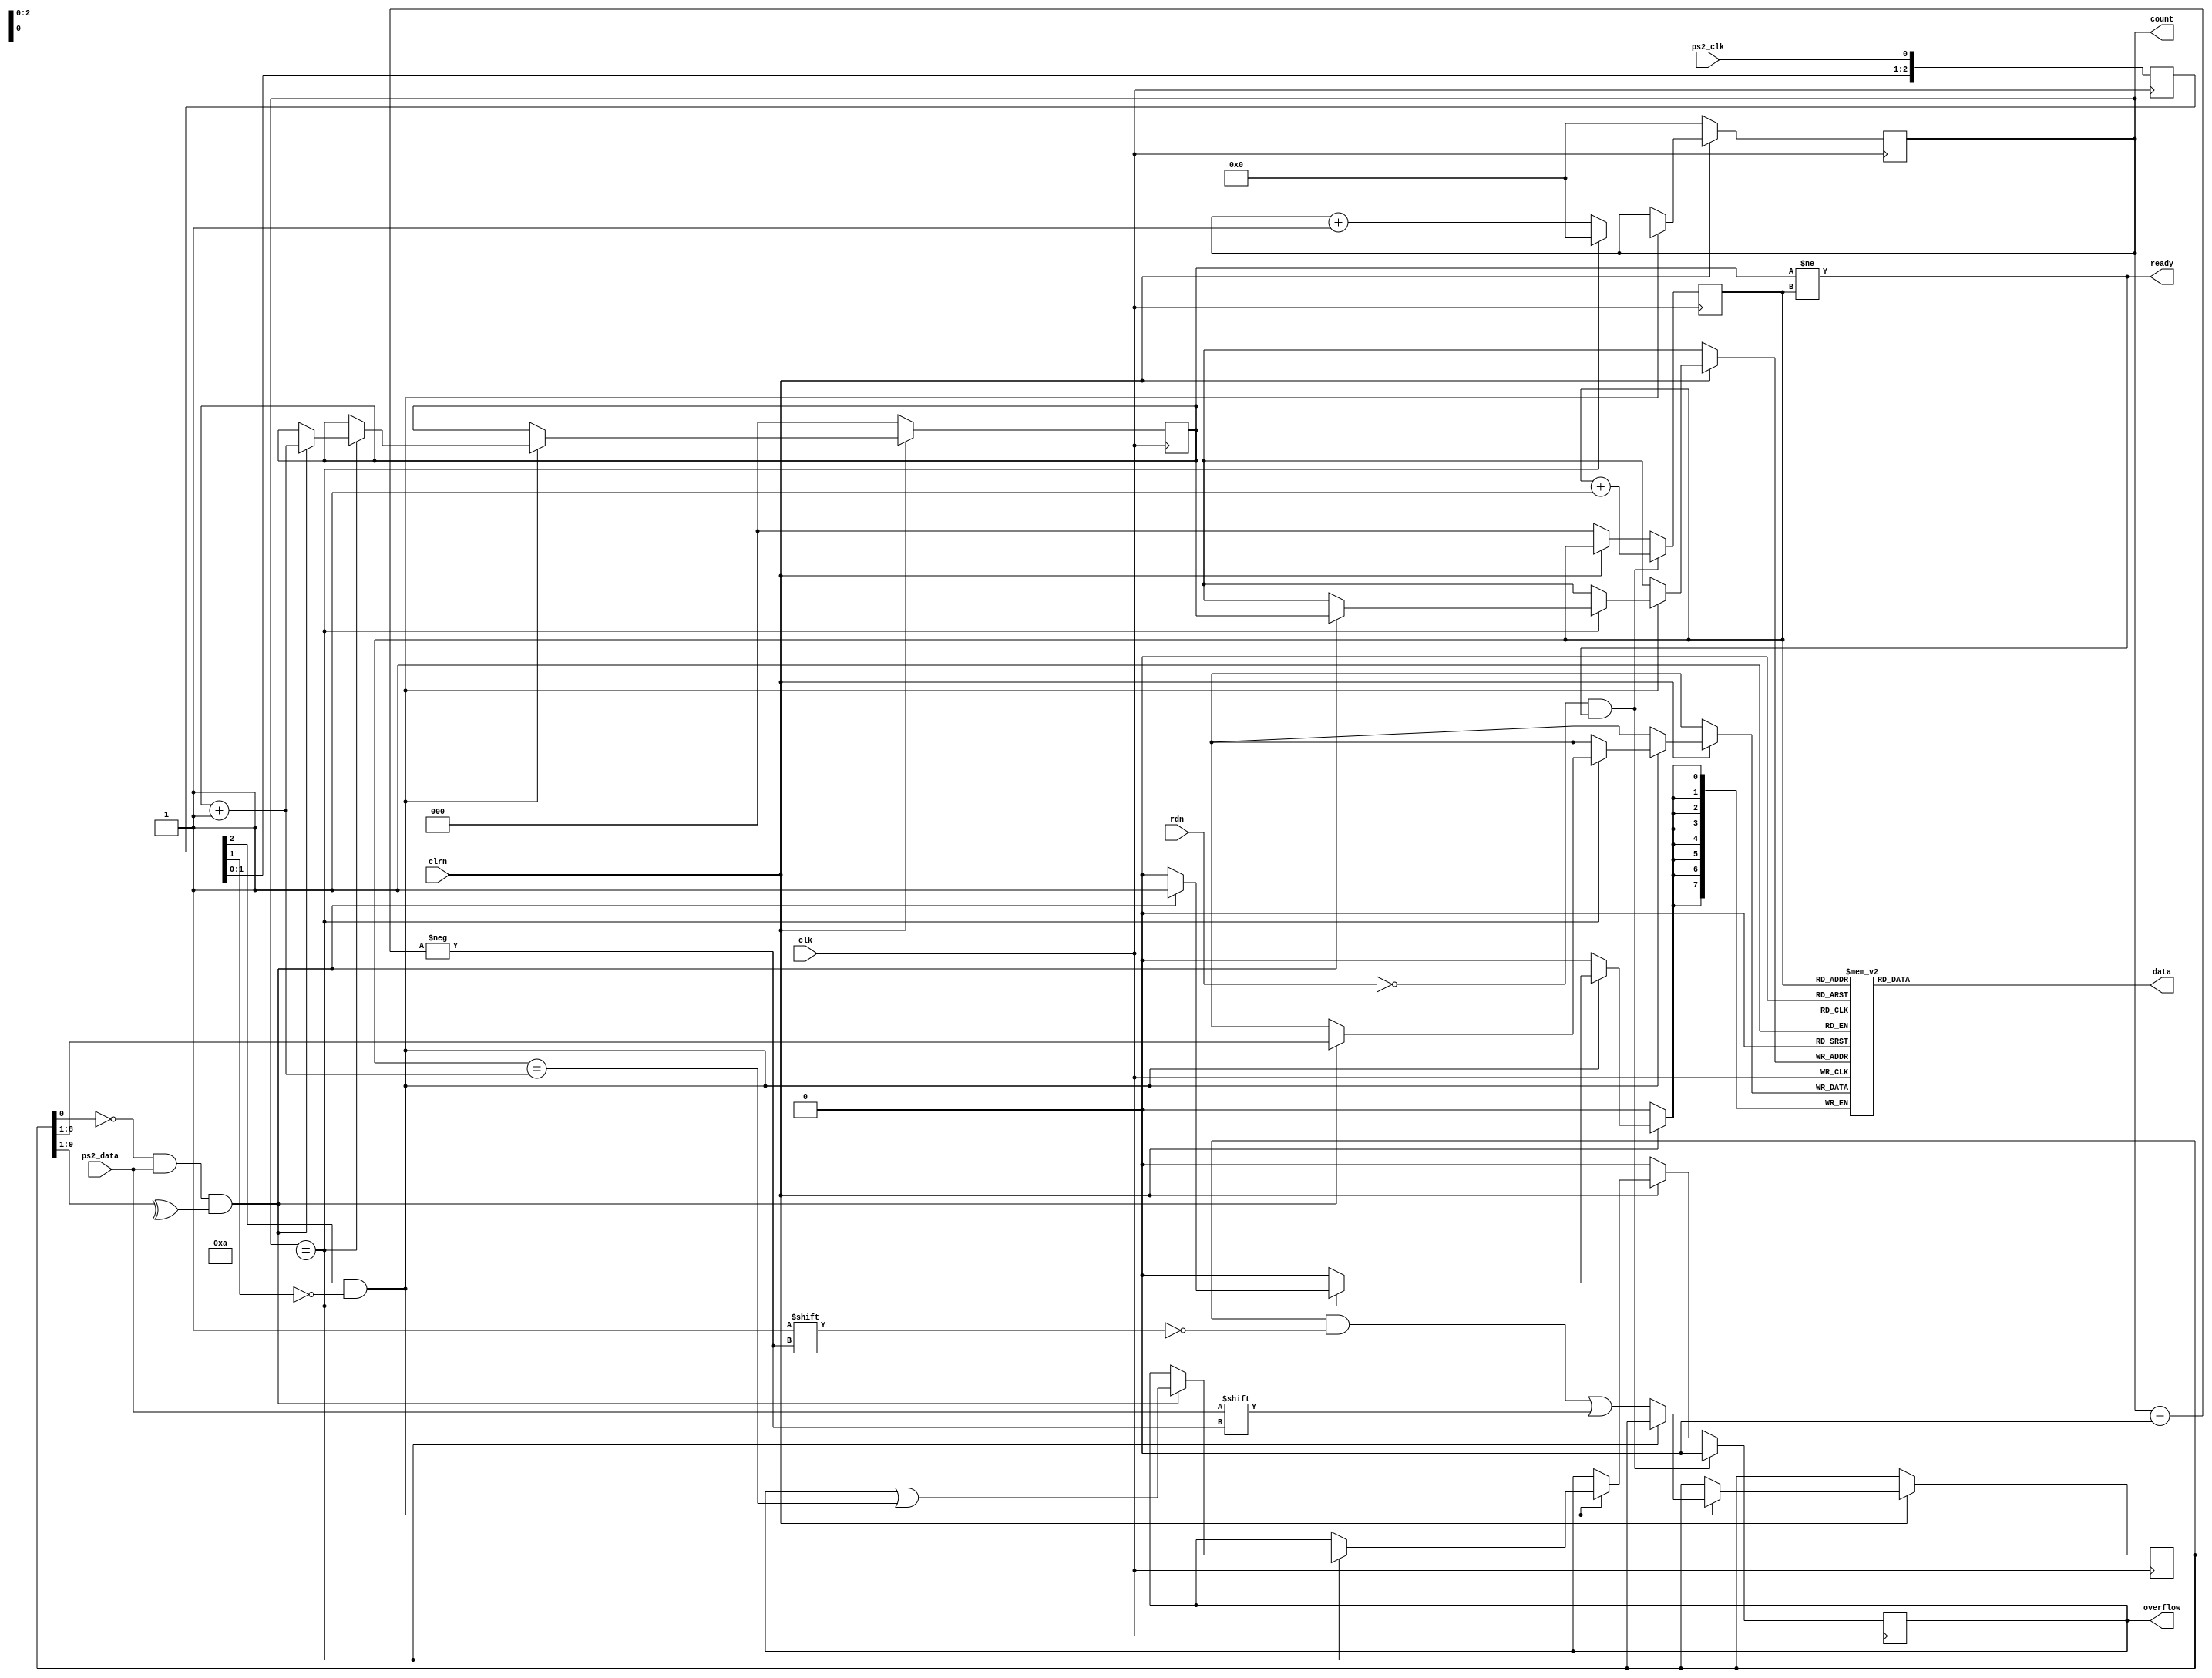
module ps2_keyboard(
    input clk,
    input clrn,
    input ps2_clk,
    input ps2_data,
    input rdn,

    output [7:0] data,
    output ready,
    output overflow,
    output [3:0] count
);

    initial begin
        count_reg = 0;
        w_ptr = 0;
        r_ptr = 0;
        overflow_reg = 0;
    end
    reg overflow_reg;
    reg [3:0] count_reg;
    reg [9:0] buffer;
    reg [7:0] fifo[7:0];
    reg [2:0] w_ptr, r_ptr;

    reg [2:0] ps2_clk_sync;
    always @ (posedge clk) begin
        ps2_clk_sync <= {ps2_clk_sync[1:0], ps2_clk};
    end

    assign count = count_reg;
    assign overflow = overflow_reg;

    wire sampling = ps2_clk_sync[2] & ~ps2_clk_sync[1];

    always @ (posedge clk) begin
        if(clrn == 0) begin
            count_reg <= 0;
            w_ptr <= 0;
            r_ptr <= 0;
            overflow_reg <= 0;
        end
        else if(sampling) begin
            if(count_reg == 4'd10) begin
                if((buffer[0] == 0) && 
                (ps2_data)       &&
                (^buffer[9:1])) begin
                    fifo[w_ptr] <= buffer[8:1];
                    w_ptr <= w_ptr + 3'b1;
                    overflow_reg <= overflow_reg | (r_ptr == (w_ptr + 3'b1));
                end
                count_reg <= 0;
            end
            else begin
                buffer[count_reg] <= ps2_data;
                count_reg <= count_reg + 3'b1;
            end
        end
        if(!rdn && ready) begin
            r_ptr <= r_ptr + 3'b1;
            overflow_reg <= 0;
        end
    end

    assign ready = (w_ptr != r_ptr);
    assign data = fifo[r_ptr];

endmodule